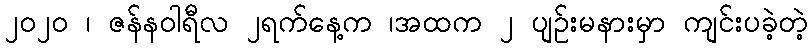
၂၀၂၀ ၊ ဇန်နဝါရီလ ၂ရက်နေ့က ၊အထက ၂ ပျဉ်းမနားမှာ ကျင်းပခဲ့တဲ့